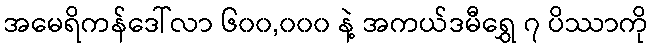
အမေရိကန်ဒေါ်လာ ၆၀၀,၀၀၀ နဲ့ အကယ်ဒမီရွှေ ၇ ပိဿာကို